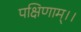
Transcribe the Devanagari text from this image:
पक्षिणाम्।।